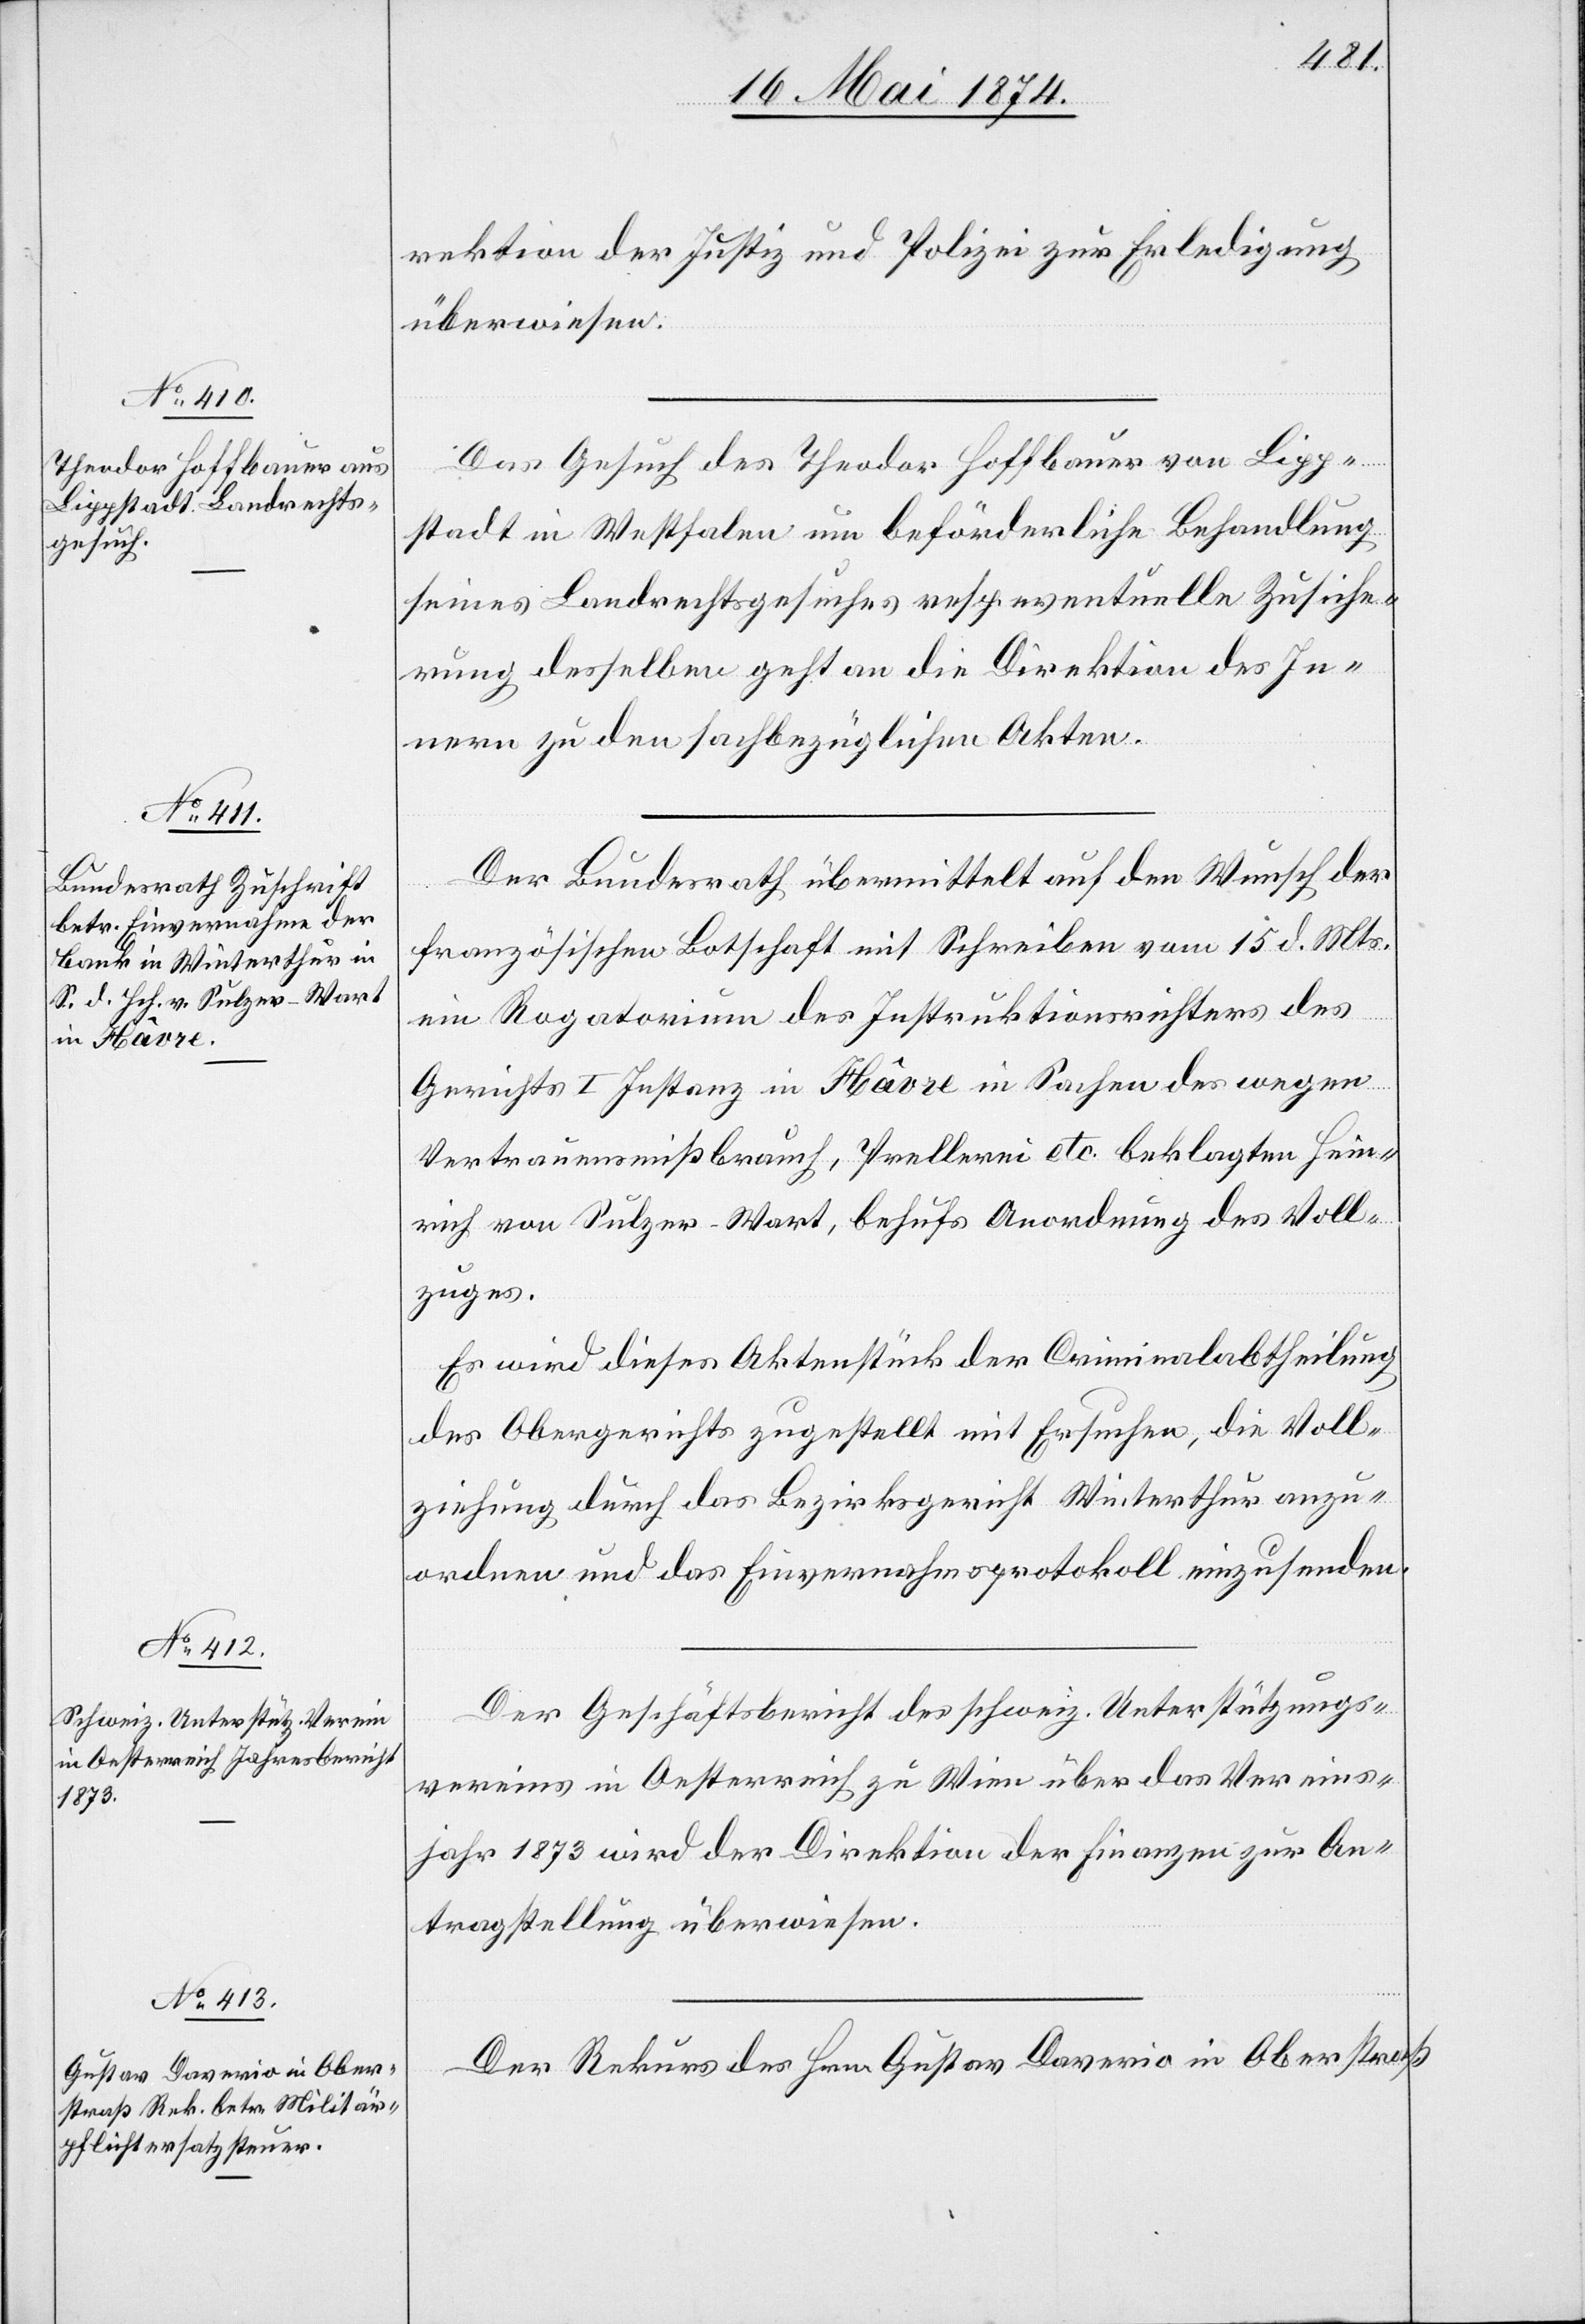
18. Mai 1874.]
rektion der Justiz und Polizei zur Erledigung
überwiesen.
Das Gesuch des Theodor Hoffbauer von Lipp¬
stadt in Westfalen um beförderliche Behandlung
seines Landrechtsgesuches resp. eventuelle Zusiche¬
rung desselben geht an die Direktion des In¬
nern zu den sachbezüglichen Akten.
Der Bundesrath übermittelt auf den Wunsch der
französischen Botschaft mit Schreiben vom 15. d. Mts.
ein Rogatorium des Instruktionsrichters des
Gerichts I. Instanz in Hâvre in Sachen des wegen
Vertrauensmißbrauch, Prellerei etc. beklagten Hein¬
rich von Sulzer-Wart, behufs Anordnung des Voll¬
zuges.
Es wird dieses Aktenstück der Criminalabtheilung
des Obergerichts zugestellt mit Ersuchen, die Voll¬
ziehung durch das Bezirksgericht Winterthur anzu¬
ordnen und das Einvernahmsprotokoll einzusenden.
Der Geschäftsbericht des schweiz. Unterstützungs¬
vereins in Oestreich zu Wien über das Vereins¬
jahr 1873 wird der Direktion der Finanzen zur An¬
tragstellung überwiesen.
Der Rekurs des Hrn. Gustav Daverio in Oberstraß